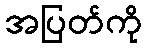
အပြတ်ကို